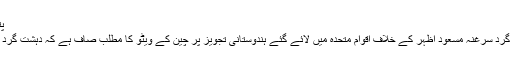
پتہ چلا کہ چین کتنی گھٹیا حرکت کرسکتا ہے
پٹھان کوٹ حملے کو انجام دینے والے دہشت گرد سرغنہ مسعود اظہر کے خلاف اقوام متحدہ میں لائے گئے ہندوستانی تجویز پر چین کے ویٹو کا مطلب صاف ہے کہ دہشت گرد کے خلاف لڑائی میں وہ کس طرف کھڑا ہے۔